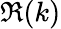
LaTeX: \Re(k)